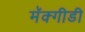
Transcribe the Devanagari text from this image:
मॅक्गीडी